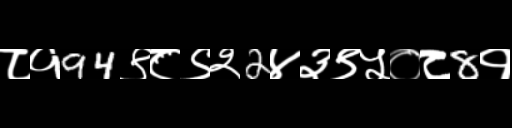
Text: ८१94९८९२2४३९५०८8१